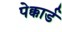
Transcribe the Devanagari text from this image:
पेक्कार्ड